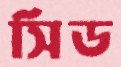
সিড